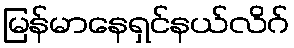
မြန်မာနေရှင်နယ်လိဂ်